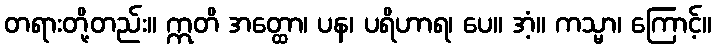
တရားတို့တည်း။ ဣတိ အတ္ထော၊ ပန၊ ပရိဟာရ၊ ပေ။ အံ့။ ကသ္မာ၊ ကြောင့်။